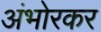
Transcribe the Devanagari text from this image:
अंभोरकर